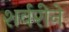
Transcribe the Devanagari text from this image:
शर्वरीने